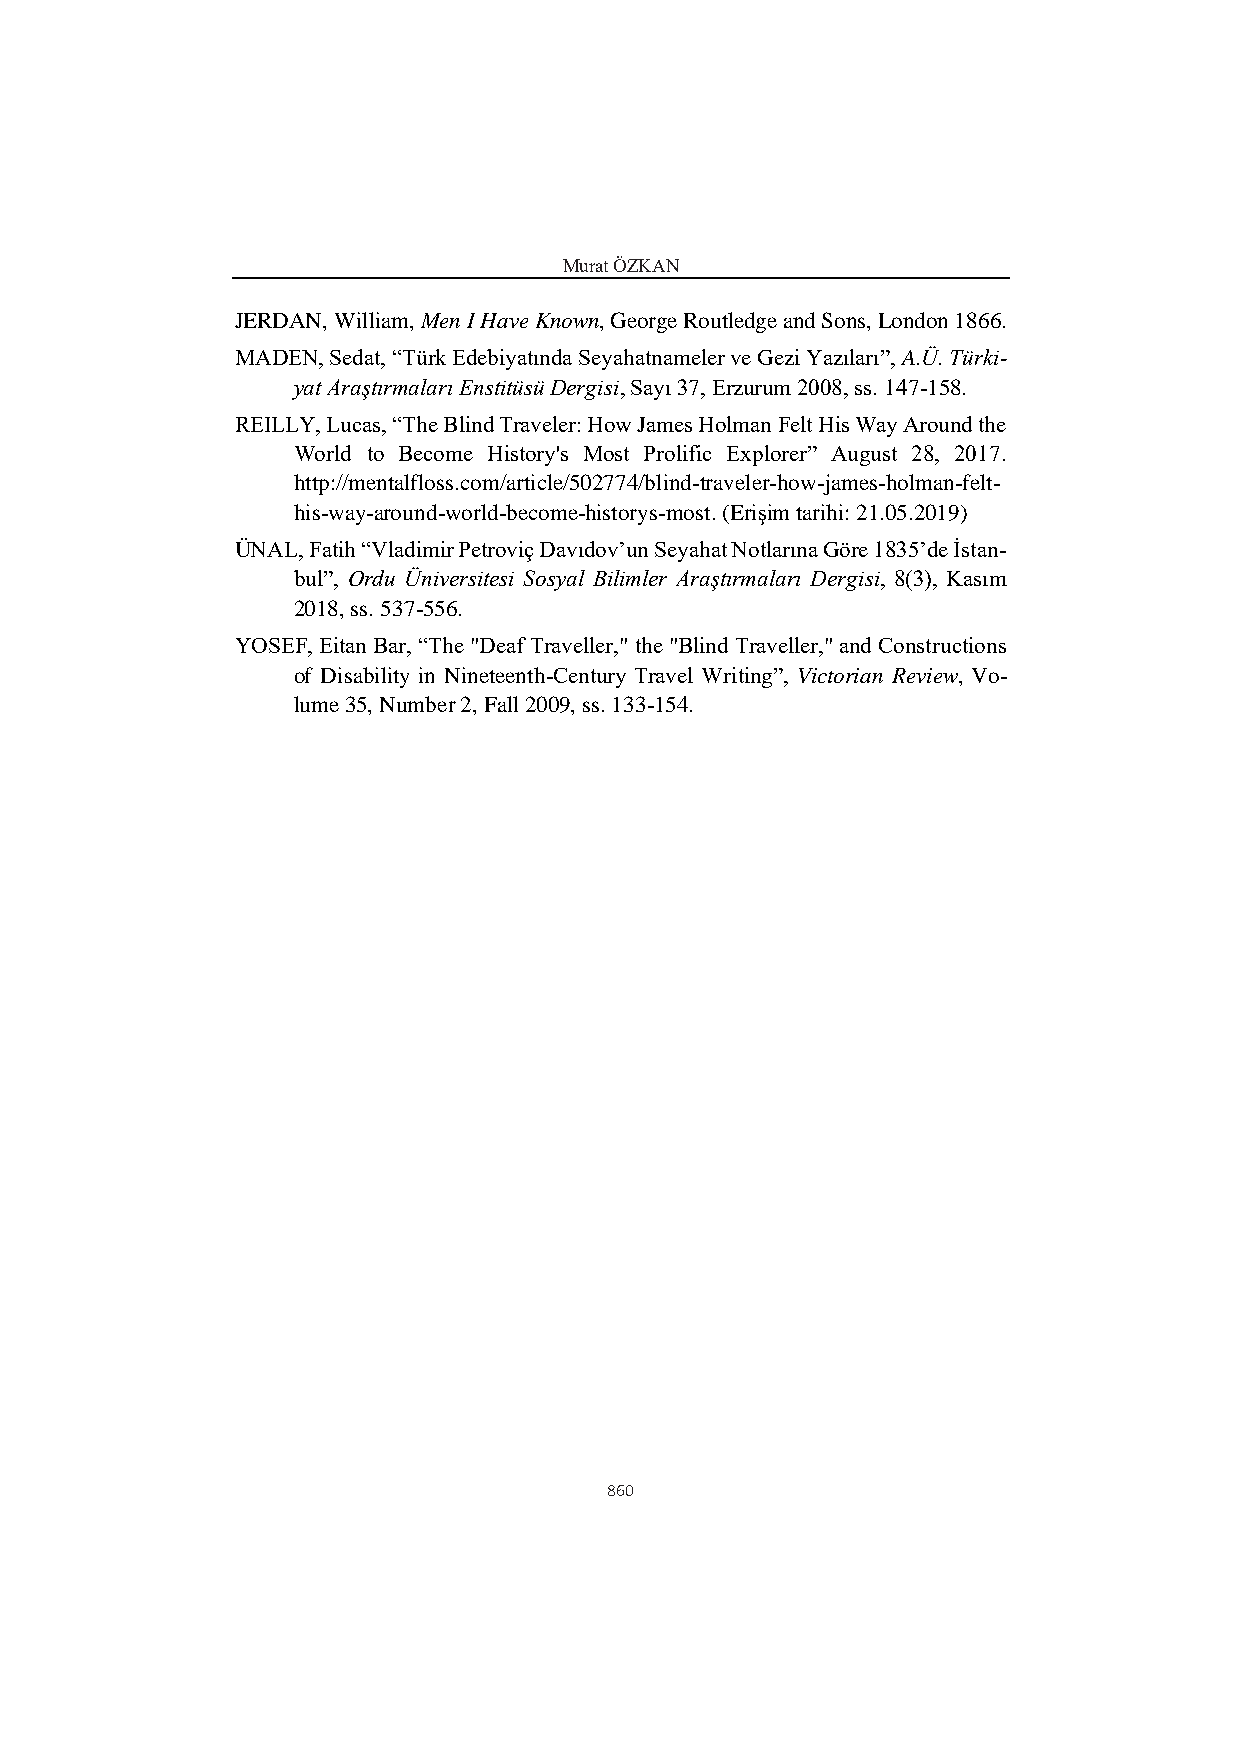
Murat ÖZKAN
 JERDAN, William, Men I Have Known, George Routledge and Sons, London 1866.
 MADEN, Sedat, “Türk Edebiyatında Seyahatnameler ve Gezi Yazıları”, A.Ü. Türki-
 yat Araştırmaları Enstitüsü Dergisi, Sayı 37, Erzurum 2008, ss. 147-158.
 REILLY, Lucas, “The Blind Traveler: How James Holman Felt His Way Around the
 World to Become History's Most Prolific Explorer” August 28, 2017.
 http://mentalfloss.com/article/502774/blind-traveler-how-james-holman-felt-
 his-way-around-world-become-historys-most. (Erişim tarihi: 21.05.2019)
 ÜNAL, Fatih “Vladimir Petroviç Davıdov’un Seyahat Notlarına Göre 1835’de İstan-
 bul”, Ordu Üniversitesi Sosyal Bilimler Araştırmaları Dergisi, 8(3), Kasım
 2018, ss. 537-556.
 YOSEF, Eitan Bar, “The "Deaf Traveller," the "Blind Traveller," and Constructions
 of Disability in Nineteenth-Century Travel Writing”, Victorian Review, Vo-
 lume 35, Number 2, Fall 2009, ss. 133-154.
 860